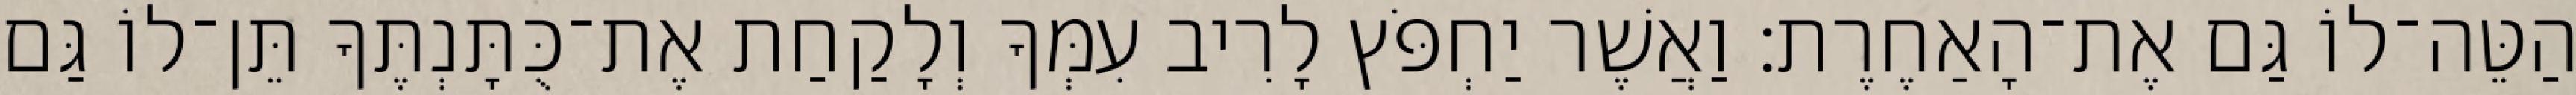
הַטֵּה־לוֹ גַּם אֶת־הָאַחֶרֶת׃ וַאֲשֶׁר יַחְפֹּץ לָרִיב עִמְּךָ וְלָקַחַת אֶת־כֻּתָּנְתֶּךָ תֵּן־לוֹ גַּם